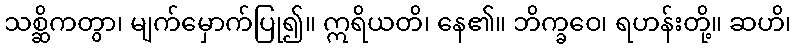
သစ္ဆိကတွာ၊ မျက်မှောက်ပြု၍။ ဣရိယတိ၊ နေ၏။ ဘိက္ခဝေ၊ ရဟန်းတို့။ ဆဟိ၊